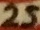
Text: 25